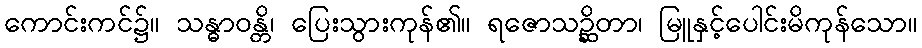
ကောင်းကင်၌။ သန္ဓာဝန္တိ၊ ပြေးသွားကုန်၏။ ရဇောသဉ္ဆိတာ၊ မြူနှင့်ပေါင်းမိကုန်သော။